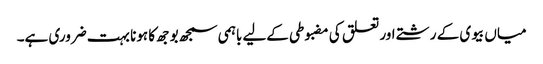
میاں بیوی کے رشتے اور تعلق کی مضبوطی کےلیے باہمی سمجھ بوجھ کا ہونا بہت ضروری ہے۔